Report of the Indian Hemp Drugs Commission, 1894-1895 - Volume IV
Year: 1894
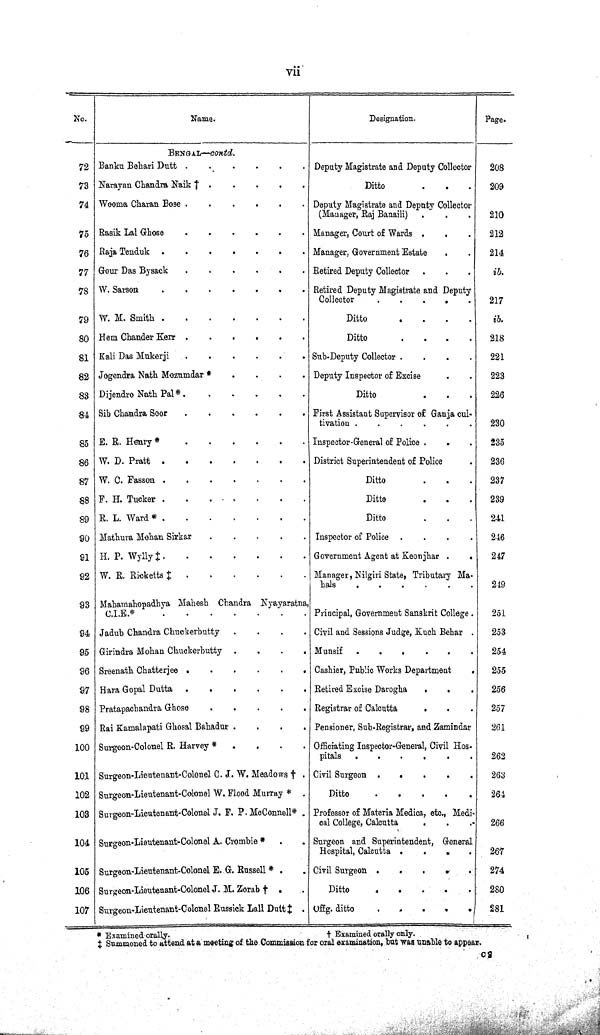
vii
No.
Name.
Designation.
Page.
BENGAL—contd.
72 Banku Behari Dutt
Deputy Magistrate and Deputy Collector
208
73 Narayan Chandra Naik †
Ditto
209
74 Wooma Charan Bose
Deputy Magistrate and Deputy Collector
(Manager, Raj Banaili)
210
75 Rasik Lal Ghose
Manager, Court of Wards
212
76 Raja Tenduk
Manager, Government Estate
214
77 Gour Das Bysack
Retired Deputy Collector
ib.
78 W. Sarson
Retired Deputy Magistrate and Deputy
Collector
217
79 W. M. Smith
Ditto
ib.
80 Hem Chander Kerr
Ditto
218
81 Kali Das Mukerji
Sub-Deputy Collector
221
82 Jogendra Nath Mozumdar *
Deputy Inspector of Excise
223
83 Dijendro Nath Pal*
Ditto
226
84 Sib Chandra Soor
First Assistant Supervisor of Ganja cul-
tivation
230
85 E. R. Henry*
Inspector-General of Police
235
86 W. D. Pratt
District Superintendent of Police
236
87 W. C. Fasson
Ditto
237
88 F. H. Tucker
Ditto
239
89 R. L. Ward *
Ditto
241
90 Mathura Mohan Sirkar
Inspector of Police
246
91 H. P. Wylly ‡
Government Agent at Keonjhar
247
92 W. R. Ricketts ‡
Manager, Nilgiri State, Tributary Ma-
hals
249
93 Mahamahopadhya Mahesh Chandra Nyayaratna,
C.I.E.*
Principal, Government Sanskrit College.
251
94 Jadub Chandra Chuckerbutty
Civil and Sessions Judge, Kuch Behar
253
95 Girindra Mohan Chuckerbutty
Munsif
254
96 Sreenath Chatterjee
Cashier, Public Works Department
255
97 Hara Gopal Dutta
Retired Excise Darogha
256
98 Pratapachandra Ghose
Registrar of Calcutta
257
99 Rai Kamalapati Ghosal Bahadur
Pensioner, Sub-Registrar, and Zamindar
261
100 Surgeon-Colonel R. Harvey *
Officiating Inspector-General, Civil Hos-
pitals
262
101 Surgeon-Lieutenant-Colonel C. J. W. Meadows †
Civil Surgeon
263
102 Surgeon-Lieutenant-Colonel W. Flood Murray *
Ditto
264
103 Surgeon-Lieutenant-Colonel J. F. P. McConnell*
Professor of Materia Medica, etc., Medi-
cal College, Calcutta
266
104 Surgeon-Lieutenant-Colonel A. Crombie *
Surgeon and Superintendent, General
Hospital, Calcutta
267
105 Surgeon-Lieutenant-Colonel E. G. Russell *
Civil Surgeon
274
106 Surgeon-Lieutenant-Colonel J. M. Zorab †
Ditto
280
107 Surgeon-Lieutenant-Colonel Russick Lall Dutt ‡
Offg. ditto
281
* Examined orally.
†
Examined orally only.
‡ Summoned to attend at a meeting of the Commission for oral examination, but was unable to appear.
C 2